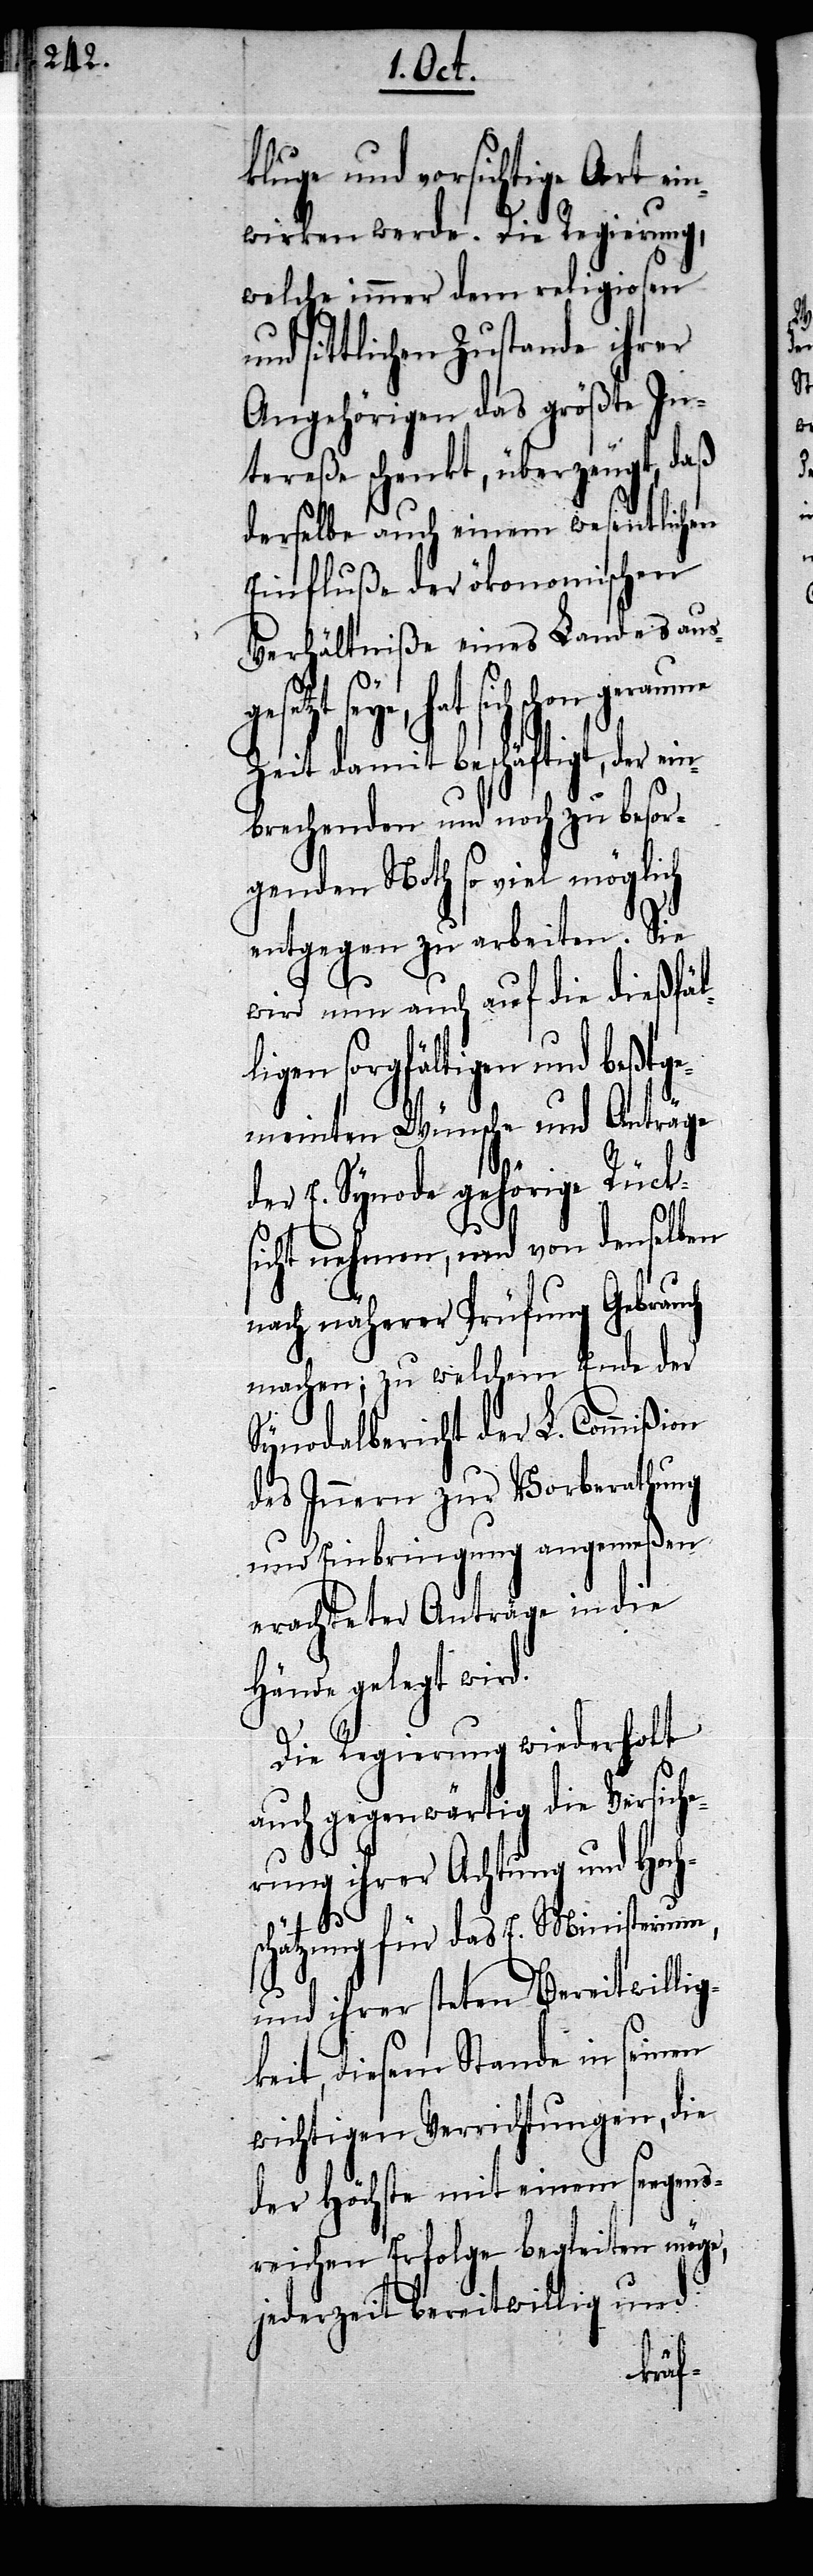
kluge und vorsichtige Art ei¬
nwirken werde. Die Regierung,
welche immer dem religiosen
sittlichen Zustande ihrer
Angehörigen das größte In¬
tereße schenkt, überzeugt, daß
derselbe auch einem wesentlichen
Einfluße der ökonomischen
Verhältniße eines Landes aus¬
gesetzt seye, hat sich schon
Zeit damit beschäftigt, der ei¬
nbrechenden und noch zu besor¬
genden Noth so viel möglich
entgegen zu arbeiten. Sie
wird nun auch auf die dießfäl¬
ligen sorgfältigen und beßtge¬
meinten Wünsche und Anträge
der E. Synode gehörige Rück¬
sicht nehmen, und von denselben
nach näherer Prüfung Gebrauch
machen; zu welchem Ende der
Synodalbericht der L. Commißion
des Innern zur Vorberathung
und Einbringung angemeßen
erachteter Anträge in die
Hände gelegt wird.
Die Regierung wiederholt
auch gegenwärtig die Versiche¬
rung ihrer Achtung und Hoch¬
schätzung für das E. Ministerium,
und ihrer steten Bereitwillig¬
keit, diesem Stande in seinen
wichtigen Verrichtungen, die
der Höchste mit einem seegens¬
reichen Erfolge begleiten möge,
jederzeit bereitwillig und